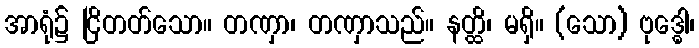
အာရုံ၌ ငြိတတ်သော။ တဏှာ၊ တဏှာသည်။ နတ္ထိ၊ မရှိ။ (သော) ဗုဒ္ဓေါ၊